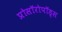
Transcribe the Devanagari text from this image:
प्रोसॉरोपॉड्स